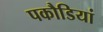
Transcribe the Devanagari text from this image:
पकौडियां